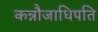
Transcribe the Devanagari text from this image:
कन्नौजाधिपति